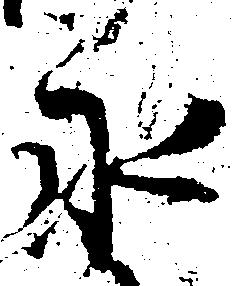
永